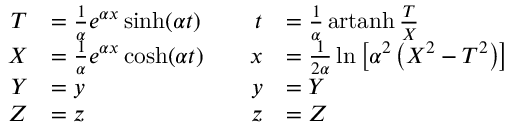
{ \begin{array} { c c } { { \begin{array} { r l } { T } & { = { \frac { 1 } { \alpha } } e ^ { \alpha x } \sinh ( \alpha t ) } \\ { X } & { = { \frac { 1 } { \alpha } } e ^ { \alpha x } \cosh ( \alpha t ) } \\ { Y } & { = y } \\ { Z } & { = z } \end{array} } } & { { \begin{array} { r l } { t } & { = { \frac { 1 } { \alpha } } \operatorname { a r t a n h } { \frac { T } { X } } } \\ { x } & { = { \frac { 1 } { 2 \alpha } } \ln \left[ \alpha ^ { 2 } \left( X ^ { 2 } - T ^ { 2 } \right) \right] } \\ { y } & { = Y } \\ { z } & { = Z } \end{array} } } \end{array} }